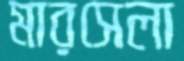
মারসেলা